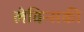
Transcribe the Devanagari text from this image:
लेविन्सकी